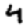
Digit: 4